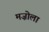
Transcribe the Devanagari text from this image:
मज़ोला